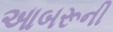
આબરૂની